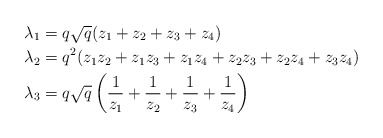
\begin{align*}\lambda_1&=q\sqrt{q}(z_1+z_2+z_3+z_4)\\\lambda_2&=q^2(z_1z_2+z_1z_3+z_1z_4+z_2z_3+z_2z_4+z_3z_4)\\\lambda_3&=q\sqrt{q}\left(\frac{1}{z_1}+\frac{1}{z_2}+\frac{1}{z_3}+\frac{1}{z_4}\right)\end{align*}